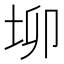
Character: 𡊧